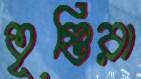
তৃপ্তিরা